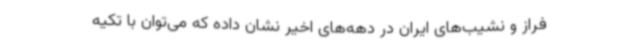
فراز و نشیب‌های‌ ایران در دهه‌های اخیر نشان داده که می‌توان با تکیه